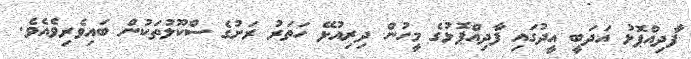
ފާދިއްޕޮޅު އަދަބީ އީދުގައި ފާދިއްޕޮޅުގެ މީހުން ދިރިއުޅޭ ހަތަރު ރަށުގެ ސްކޫލުތަކުން ބައިވެރިވެއެވެ.